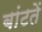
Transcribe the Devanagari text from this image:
बांटतें